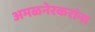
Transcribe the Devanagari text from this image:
अमळनेरकरांना